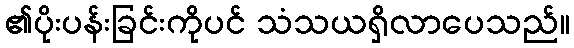
၏ပိုးပန်းခြင်းကိုပင် သံသယရှိလာပေသည်။